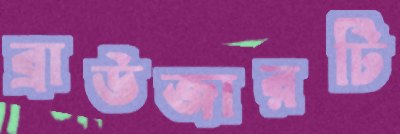
ব্রাউজারটি